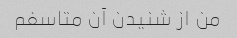
من از شنیدن آن متاسفم